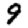
Digit: 9